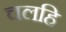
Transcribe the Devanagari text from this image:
चलहि